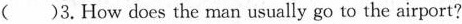
( )3.How does the man usually go to the airport?